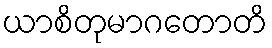
ယာစိတုမာဂတောတိ